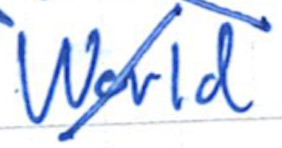
Text: World
Cross-out: diagonal
Writing tool: ballpoint